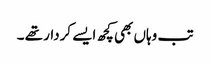
تب وہاں بھی کچھ ایسے کردار تھے ۔